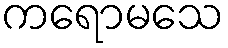
ကရောမသေ